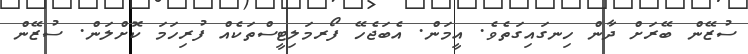
ސުޒޭން ބޭރަށް ދާން ހިނގައިގަތެވެ. އީމަން. އެބަޖެހޭ ފޯރމަލިޓީސްތަކެއް ފުރިހަމަ ކޮށްލަން. ސުޒޭން